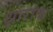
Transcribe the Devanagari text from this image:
क्षारांक